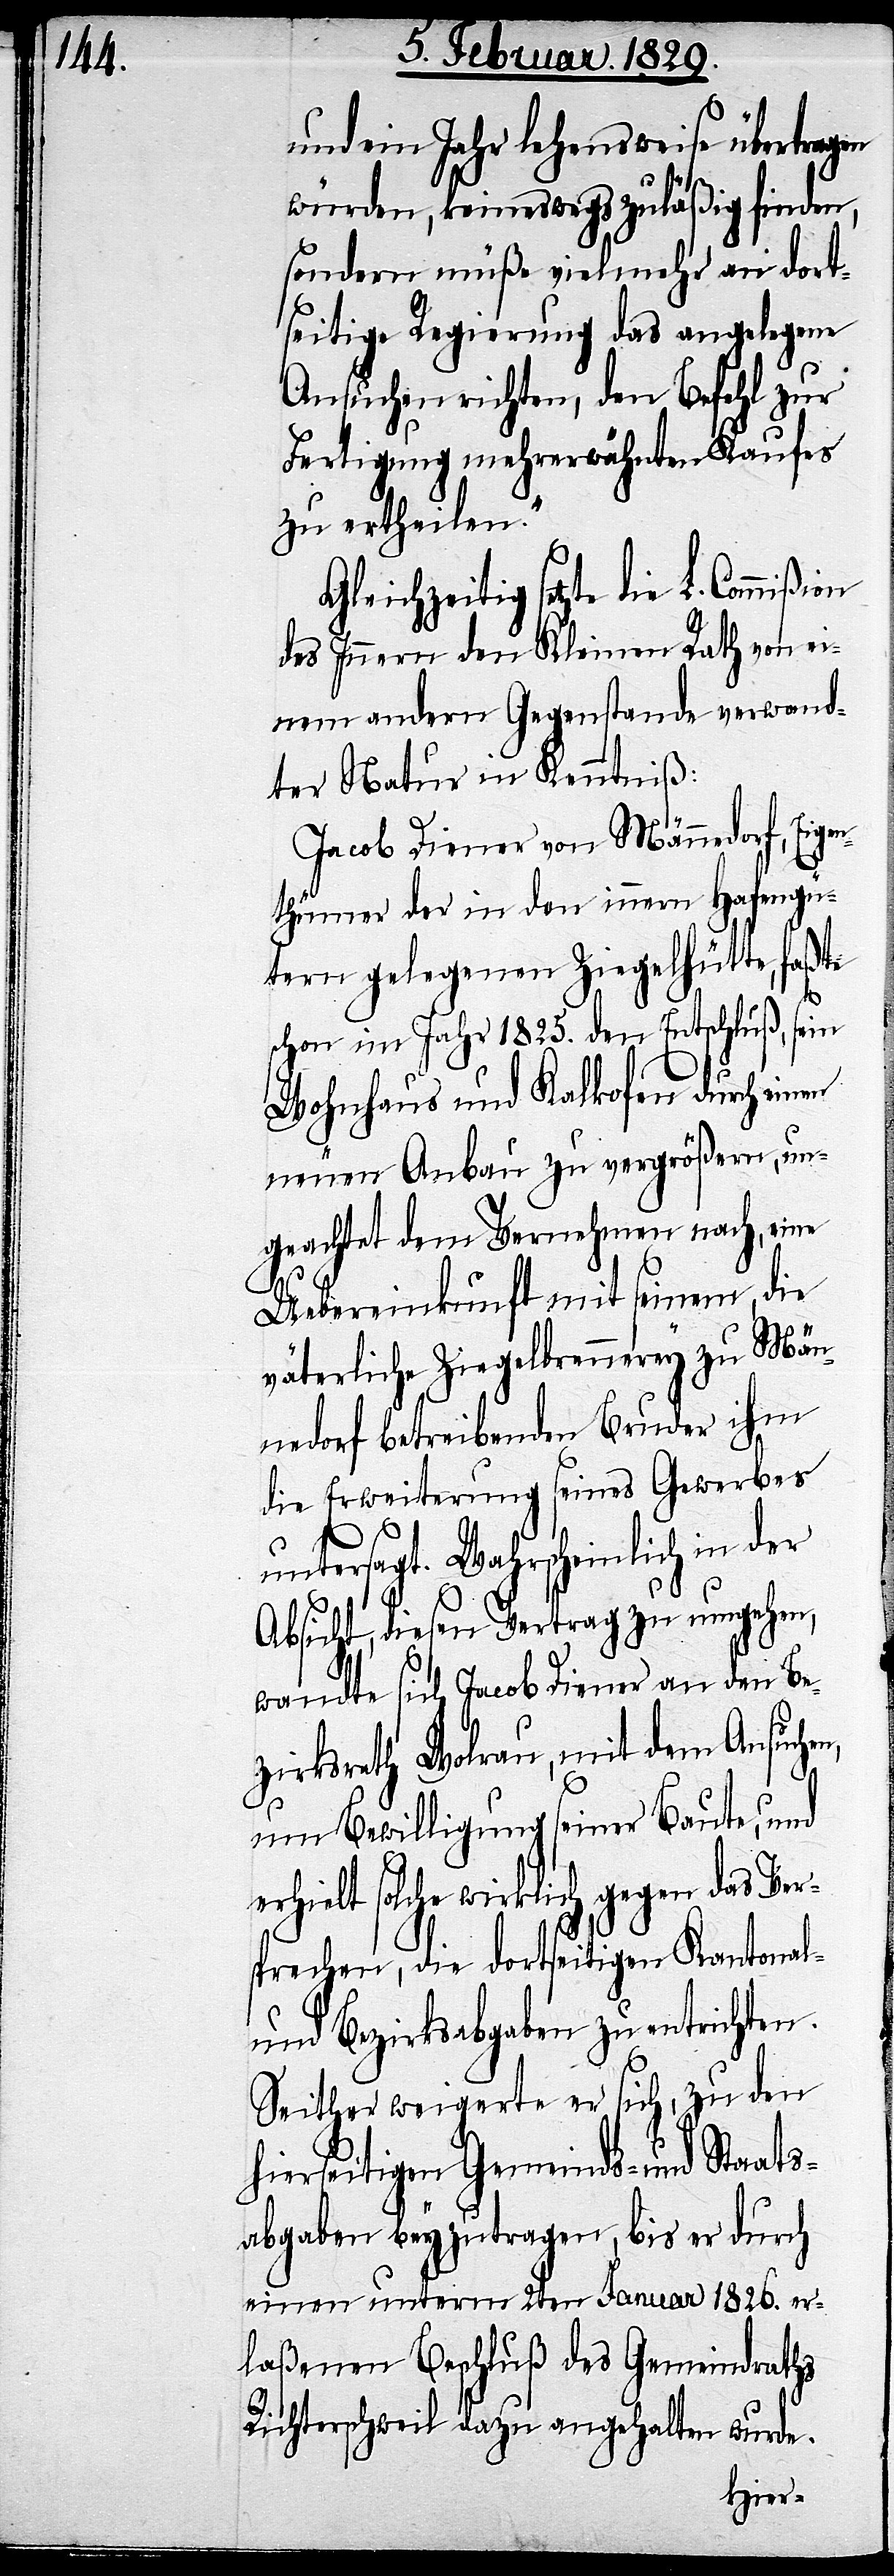
und ein Jahr lehensweise übertragen
würden, keineswegs zuläßig finden,
sondern müße vielmehr an dort¬
seitige Regierung das angelegene
Ansuchen richten, den Befehl zur
Fertigung mehrerwähnten Kaufes
zu ertheilen.“
Gleichzeitig setzt die L. Commißion
des Innern den Kleinen Rath von ei¬
nem andern Gegenstande verwand¬
ter Natur in Kenntniß:
Jacob Diener von Männedorf, Eigen¬
thümer der in den innern Hafengü¬
tern gelegenen Ziegelhütte, faßte
schon im Jahr 1825. den Entschluß, sein
Wohnhaus und Kalkofen durch einen
neuen Anbau zu vergrößern, un¬
geachtet dem Vernehmen nach, eine
Uebereinkunft mit seinem, die
väterliche Ziegelbrennerey zu Män¬
nedorf betreibenden Bruder ihm
die Erweiterung seines Gewerbes
untersagt. Wahrscheinlich in der
Absicht, diesen Vertrag zu umgehen,
wandte sich Jacob Diener an den Be¬
zirksrath Wolrau, mit dem Ansuchen,
um Bewilligung seiner Baute, und
erhielt solche wirklich gegen das Ver¬
sprechen, die dortseitige Kantonal-
und Bezirksabgaben zu entrichten.
Seither weigerte er sich, zu den
hierseitigen Gemeinds- und Staats¬
abgaben beyzutragen, bis er durch
einen unterm 2ten Januar 1826. er¬
laßenen Beschluß des Gemeindsraths
Richterschweil dazu angehalten wurde.